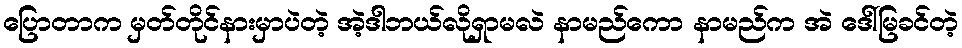
ပြောတာက မှတ်တိုင်နားမှာပဲတဲ့ အဲ့ဒါဘယ်လိုရှာမလဲ နာမည်ကော နာမည်က အဲ ဒေါ်မြခင်တဲ့